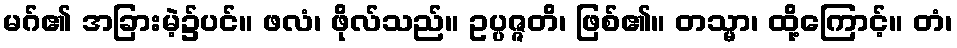
မဂ်၏ အခြားမဲ့၌ပင်။ ဖလံ၊ ဖိုလ်သည်။ ဥပ္ပဇ္ဇတိ၊ ဖြစ်၏။ တသ္မာ၊ ထို့ကြောင့်။ တံ၊